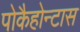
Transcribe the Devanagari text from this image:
पोकैहोन्टास